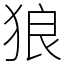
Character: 狼